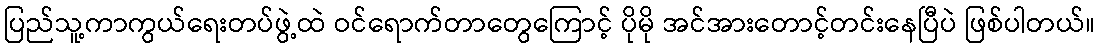
ပြည်သူ့ကာကွယ်ရေးတပ်ဖွဲ့ထဲ ဝင်ရောက်တာတွေကြောင့် ပိုမို အင်အားတောင့်တင်းနေပြီပဲ ဖြစ်ပါတယ်။